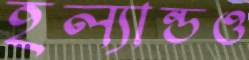
হল্যান্ডও